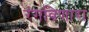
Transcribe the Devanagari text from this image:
रंगविणारा